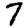
Digit: 7